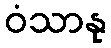
ဝံသာနု